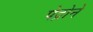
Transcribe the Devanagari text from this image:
पेद्रोने